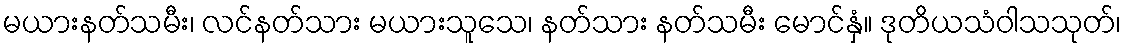
မယားနတ်သမီး၊ လင်နတ်သား မယားသူသေ၊ နတ်သား နတ်သမီး မောင်နှံ။ ဒုတိယသံဝါသသုတ်၊